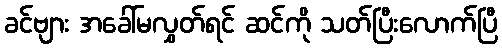
ခင်ဗျား အခေါ်မလွှတ်ရင် ဆင်ကို သတ်ပြီးလောက်ပြီ